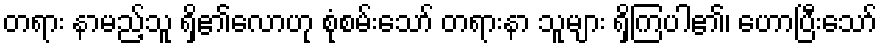
တရား နာမည့်သူ ရှိ၏လောဟု စုံစမ်းသော် တရားနာ သူများ ရှိကြပါ၏၊ ဟောပြီးသော်